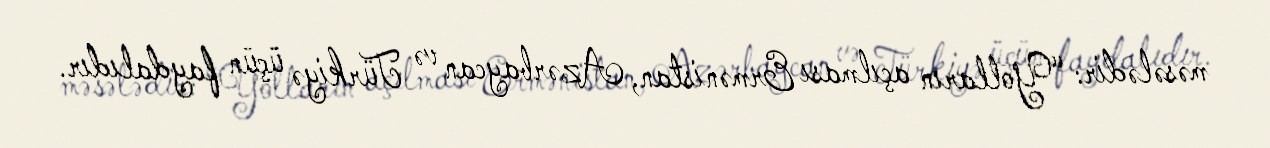
məsələdir: “Yolların açılması Ermənistan, Azərbaycan və Türkiyə üçün faydalıdır.